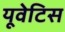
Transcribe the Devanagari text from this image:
यूवेटिस